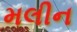
મલીન